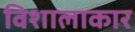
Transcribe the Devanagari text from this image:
विशालाकार